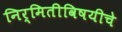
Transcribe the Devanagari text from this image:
निर्मितीविषयीचे